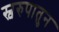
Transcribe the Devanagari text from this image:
स्वरुपातुन